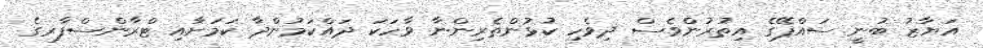
އަޔާޒު ބުނީ ސައްޕޭގެ އިތުރުންވެސް ދިވެހި ކުޅުންތެރިންނާ ވާހަކަ ދައްކަމުންދާ ކަމަށާއި ޓްރާންސްފާރގެ